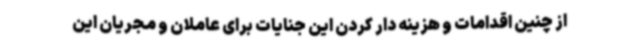
از چنین اقدامات و هزینه دار کردن این جنایات برای عاملان و مجریان این